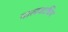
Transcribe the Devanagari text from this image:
मालवाधिप